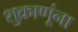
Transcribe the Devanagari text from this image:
शुक्राणूंना